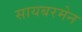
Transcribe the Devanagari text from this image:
सायबरमेन